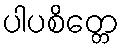
ပါပစိတ္တေ